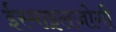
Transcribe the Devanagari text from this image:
ईस्माइलजोगी